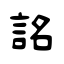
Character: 詺